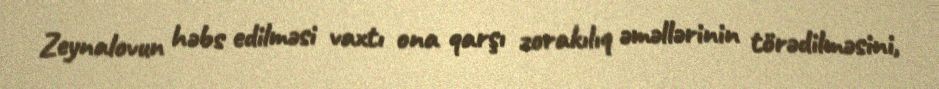
Zeynalovun həbs edilməsi vaxtı ona qarşı zorakılıq əməllərinin törədilməsini,